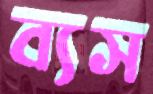
ব্যস